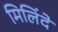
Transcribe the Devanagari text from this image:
मिलिंदे